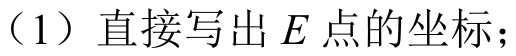
（1）直接写出\(E\)点的坐标；